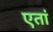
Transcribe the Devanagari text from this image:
एतां